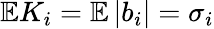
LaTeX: \mathbb{E}K_{i}=\mathbb{E}\left|b_{i}\right|=\sigma_{i}